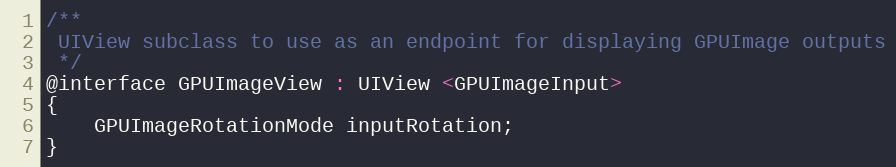
Language: C
/**
 UIView subclass to use as an endpoint for displaying GPUImage outputs
 */
@interface GPUImageView : UIView <GPUImageInput>
{
    GPUImageRotationMode inputRotation;
}